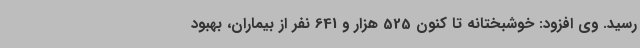
رسید. وی افزود: خوشبختانه تا کنون 525 هزار و 641 نفر از بیماران، بهبود